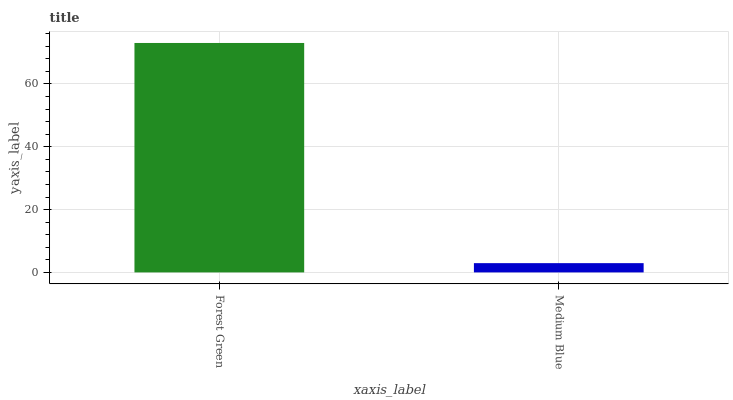
| xaxis_label | bars |
 | --- | --- |
 | Forest Green | 73.1 |
 | Medium Blue | 2.95 |